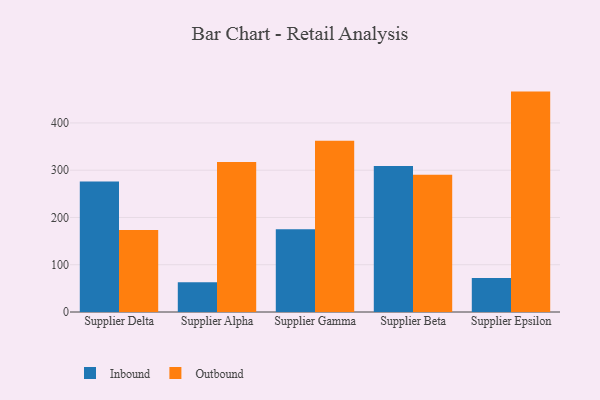
{"axis": {"x": "Supplier", "y": "Shipments"}, "legend": ["Inbound", "Outbound"], "data": [{"x": "Supplier Delta", "y": 275.9, "type": "Inbound"}, {"x": "Supplier Delta", "y": 173.6, "type": "Outbound"}, {"x": "Supplier Alpha", "y": 62.7, "type": "Inbound"}, {"x": "Supplier Alpha", "y": 317.5, "type": "Outbound"}, {"x": "Supplier Gamma", "y": 175.1, "type": "Inbound"}, {"x": "Supplier Gamma", "y": 362.2, "type": "Outbound"}, {"x": "Supplier Beta", "y": 308.8, "type": "Inbound"}, {"x": "Supplier Beta", "y": 290.2, "type": "Outbound"}, {"x": "Supplier Epsilon", "y": 72.1, "type": "Inbound"}, {"x": "Supplier Epsilon", "y": 466.3, "type": "Outbound"}]}